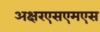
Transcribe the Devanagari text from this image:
अक्षरएसएमएस